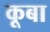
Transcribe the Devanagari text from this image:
कूबा